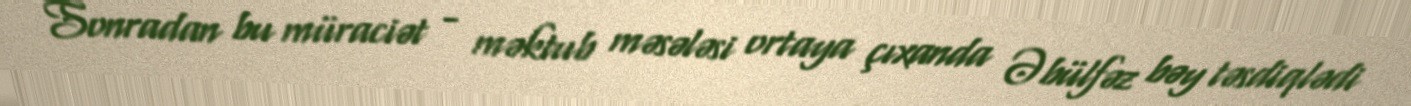
Sonradan bu müraciət - məktub məsələsi ortaya çıxanda Əbülfəz bəy təsdiqlədi